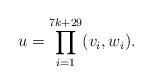
LaTeX: \begin{align*}u=\prod_{i=1}^{7k+29} (v_i,w_i).\end{align*}